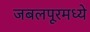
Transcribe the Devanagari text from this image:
जबलपूरमध्ये